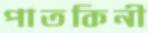
পাতকিনী